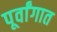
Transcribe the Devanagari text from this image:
पूर्वांगात